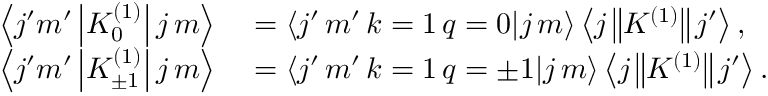
\begin{array} { r l } { \left\langle j ^ { \prime } m ^ { \prime } \left| K _ { 0 } ^ { ( 1 ) } \right| j \, m \right\rangle } & { { } = \left\langle j ^ { \prime } \, m ^ { \prime } \, k = 1 \, q = 0 | j \, m \right\rangle \left\langle j \left\| K ^ { ( 1 ) } \right\| j ^ { \prime } \right\rangle , } \\ { \left\langle j ^ { \prime } m ^ { \prime } \left| K _ { \pm 1 } ^ { ( 1 ) } \right| j \, m \right\rangle } & { { } = \left\langle j ^ { \prime } \, m ^ { \prime } \, k = 1 \, q = \pm 1 | j \, m \right\rangle \left\langle j \left\| K ^ { ( 1 ) } \right\| j ^ { \prime } \right\rangle . } \end{array}